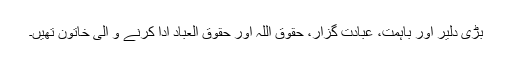
بڑی دلیر اور باہمت، عبادت گزار، حقوق اللہ اور حقوق العباد ادا کرنے و الی خاتون تھیں۔